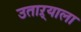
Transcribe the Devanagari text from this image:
उताऱ्याला